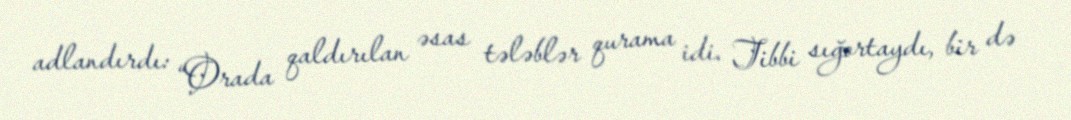
adlandırdı: “Orada qaldırılan əsas tələblər qurama idi. Tibbi sığortaydı, bir də